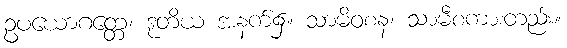
ဥပယောဂတ္တေ၊ ဒုတိယ အနက်၌။ သာမိဝစန၊ သာမီစကားတည်း။